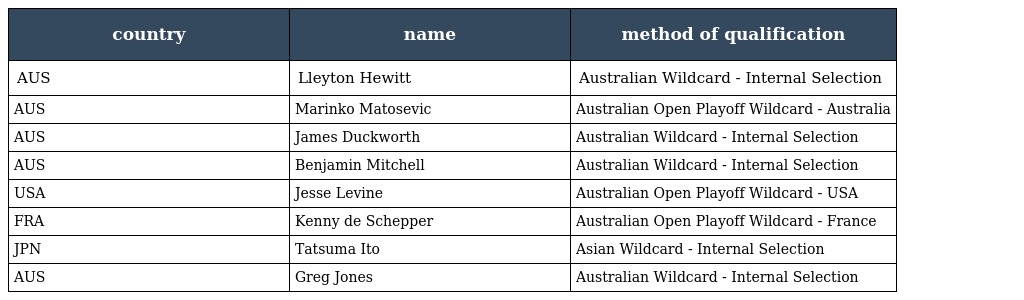
| country | name | method of qualification |
 | --- | --- | --- |
 | AUS | Lleyton Hewitt | Australian Wildcard - Internal Selection |
 | AUS | Marinko Matosevic | Australian Open Playoff Wildcard - Australia |
 | AUS | James Duckworth | Australian Wildcard - Internal Selection |
 | AUS | Benjamin Mitchell | Australian Wildcard - Internal Selection |
 | USA | Jesse Levine | Australian Open Playoff Wildcard - USA |
 | FRA | Kenny de Schepper | Australian Open Playoff Wildcard - France |
 | JPN | Tatsuma Ito | Asian Wildcard - Internal Selection |
 | AUS | Greg Jones | Australian Wildcard - Internal Selection |